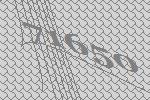
71650